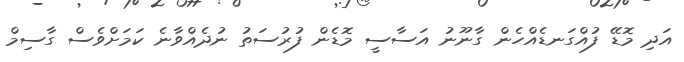
އަދި މޮޑޭ ފުއްގަނޑެއްހެން ގާނޫނު އަސާސީ މޮޑެން ފުރުސަތު ނުދެއްވާނެ ކަމަށްވެސް ގާސިމް